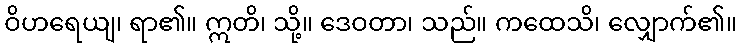
ဝိဟရေယျ၊ ရာ၏။ ဣတိ၊ သို့။ ဒေဝတာ၊ သည်။ ကထေသိ၊ လျှောက်၏။